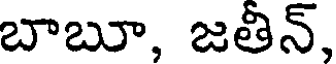
బాబూ, జతిన్,